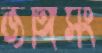
জঙ্গিসং